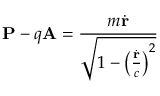
\mathbf { P } - q \mathbf { A } = { \frac { m { \dot { \mathbf { r } } } } { \sqrt { 1 - \left( { \frac { \dot { \mathbf { r } } } { c } } \right) ^ { 2 } } } }